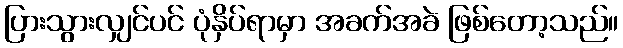
ပြားသွားလျှင်ပင် ပုံနှိပ်ရာမှာ အခက်အခဲ ဖြစ်တော့သည်။